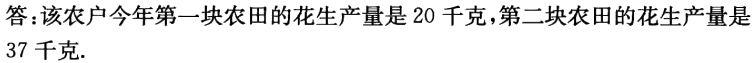
答：该农户今年第一块农田的花生产量是 20 千克，第二块农田的花生产量是

37 千克.